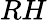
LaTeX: RH